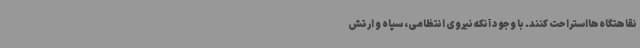
نقاهتگاه‌هااستراحت کنند. با وجود آنکه نیروی انتظامی، سپاه و ارتش